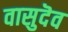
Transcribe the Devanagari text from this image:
वासुदॆव